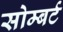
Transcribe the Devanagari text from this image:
सोम्बर्ट